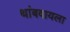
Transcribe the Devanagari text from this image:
थांबवायला